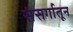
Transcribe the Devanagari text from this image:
संसर्गातून